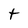
Character: t